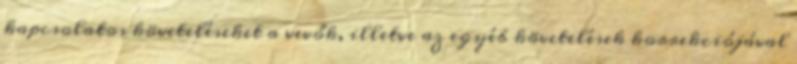
kapcsolatos követeléseket a vevők, illetve az egyéb követelések korrekciójával